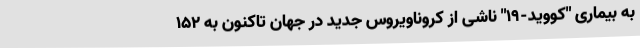
به بیماری "کووید-۱۹" ناشی از کروناویروس جدید در جهان تاکنون به ۱۵۲